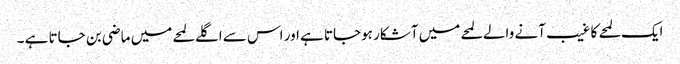
ایک لمحے کا غیب آنے والے لمحے میں آشکار ہوجاتا ہے اور اس سے اگلے لمحے میں ماضی بن جاتا ہے ۔